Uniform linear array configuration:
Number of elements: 16
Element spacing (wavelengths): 0.25
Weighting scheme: binomial
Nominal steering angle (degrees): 15
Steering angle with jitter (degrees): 13.96
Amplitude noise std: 0.05
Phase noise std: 0.05

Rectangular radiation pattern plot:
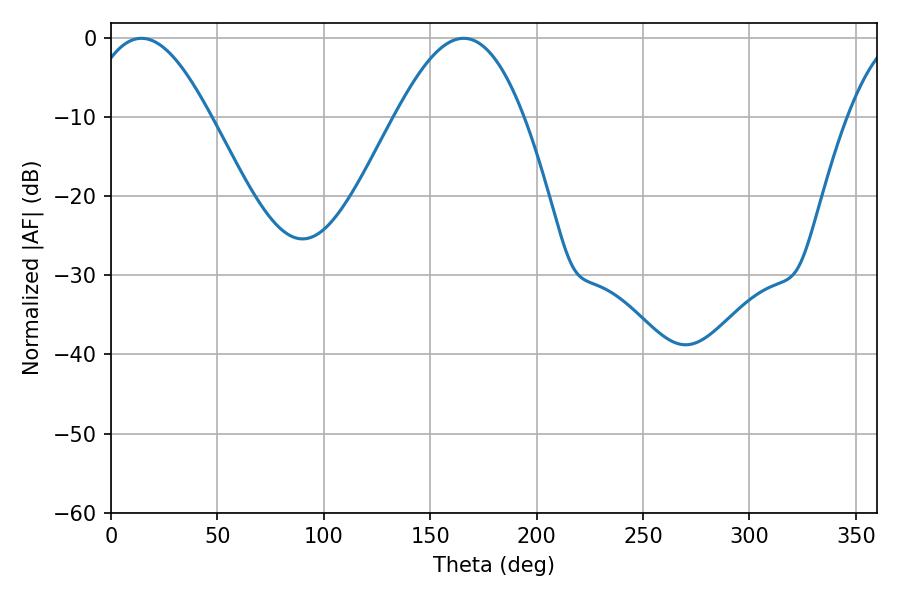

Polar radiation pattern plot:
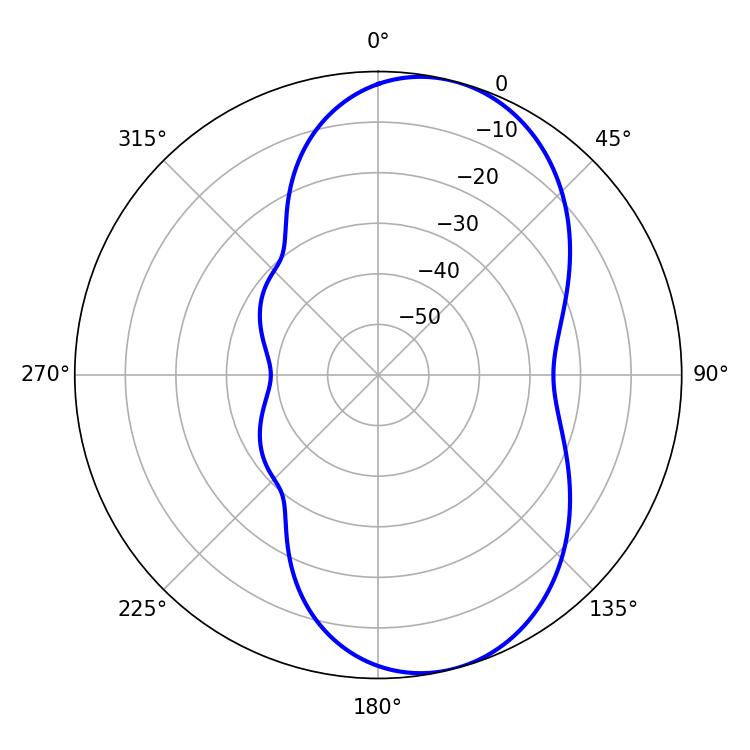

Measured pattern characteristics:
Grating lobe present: FALSE
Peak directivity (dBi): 7.826
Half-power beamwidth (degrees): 31.32
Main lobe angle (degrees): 14.4